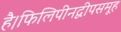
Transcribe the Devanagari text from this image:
है।फिलिपीनद्वीपसमूह